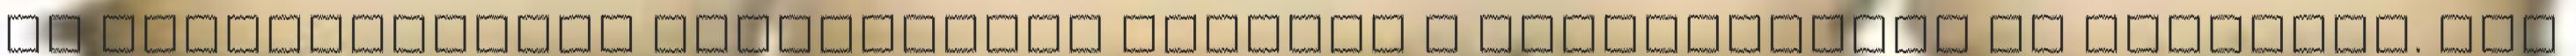
az utasszállítót szándékosan vezette a hegyoldalnak az Alpokban. Más